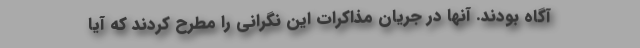
آگاه بودند. آنها در جریان مذاکرات این نگرانی را مطرح کردند که آیا